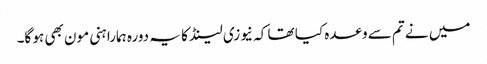
میں نے تم سے وعدہ کیا تھا کہ نیوزی لینڈ کا یہ دورہ ہمارا ہنی مون بھی ہو گا۔